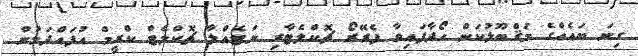
ގިނަ ބައެއްގެ މަޤްބޫލުކަން ހޯދާފައިވާ ފެރޭރޯ ޗޮކްލެޓާރި ނަޓެއްލާ ޗޮކްލެޓް ކްރީމް އުފައްދަމުން